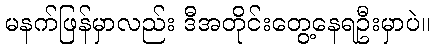
မနက်ဖြန်မှာလည်း ဒီအတိုင်းတွေ့နေရဦးမှာပဲ။